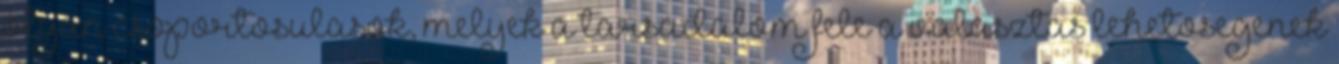
olyan csoportosulasok, melyek a tarsadalom fele a valasztas lehetosegenek